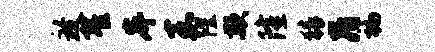
致翟岸嘉隍欺隆猜晁褊